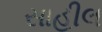
સાહીલ